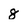
Character: 8